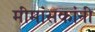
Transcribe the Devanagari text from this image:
मीमांसकांनी